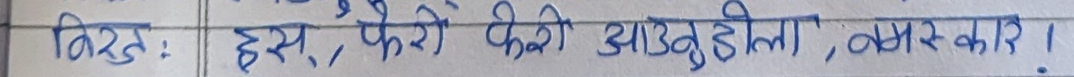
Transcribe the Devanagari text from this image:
विज: हस, फेरि फेरि आउनुहोला, नमस्कार !